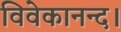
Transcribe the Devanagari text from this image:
विवेकानन्द।